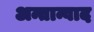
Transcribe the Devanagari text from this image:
अन्तान्वाद